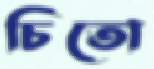
চিতো